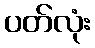
ပတ်လုံး